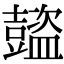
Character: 𧰕